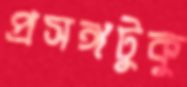
প্রসঙ্গটুকু